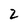
Character: 2